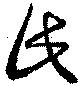
此